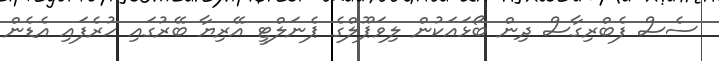
ސެސް ފެބްރިގާސް ދިން ބޯޅައަކުން ލިވަޕޫލްގެ ޕެނަލްޓީ އޭރިޔާ ބޭރުގައި ހުރެފައި އެޑެން